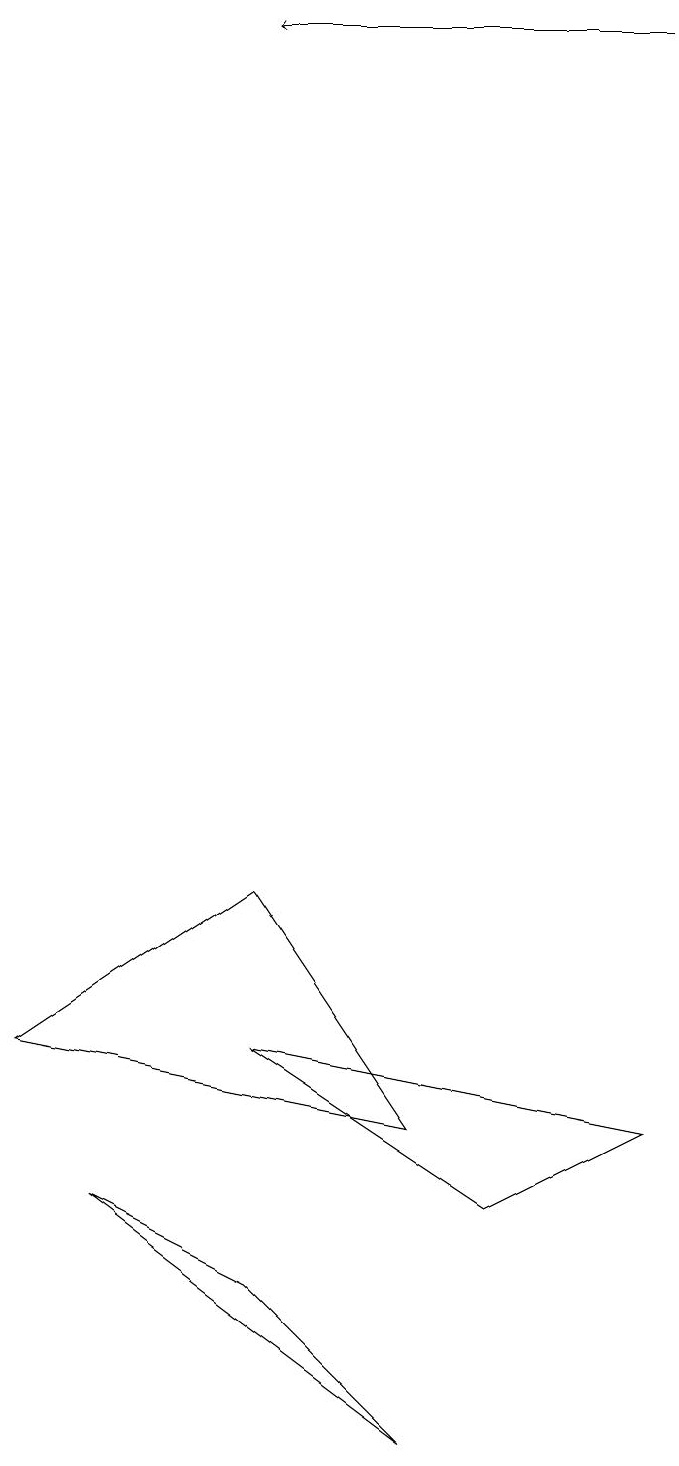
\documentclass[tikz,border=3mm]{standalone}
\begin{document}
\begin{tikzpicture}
\draw (3,3) -- (1,4) -- (5,1) -- cycle;
\draw[->] (8,19) -- (3,19);
\draw (0,6) -- (5,5) -- (3,8) -- cycle;
\draw (6,4) -- (3,6) -- (8,5) -- cycle;
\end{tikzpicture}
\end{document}